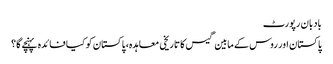
بادبان رپورٹ
پاکستان اور روس کے مابین گیس کا تاریخی معاہدہ، پاکستان کو کیا فائدہ پہنچے گا؟